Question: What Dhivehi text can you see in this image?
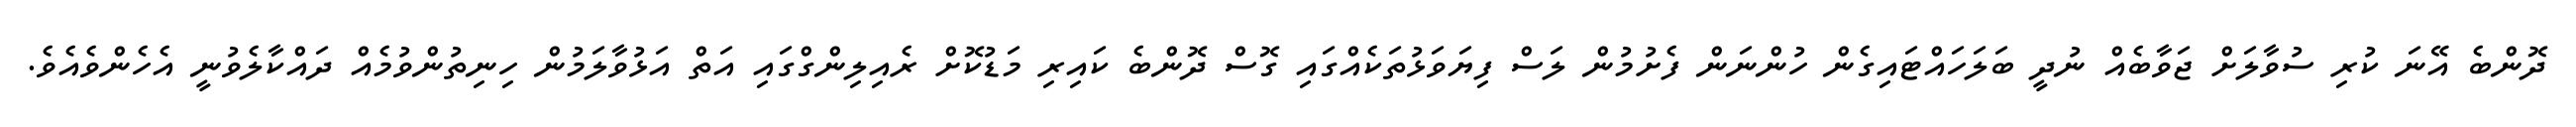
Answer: ދޮންބެ އޭނަ ކުރި ސުވާލަށް ޖަވާބެއް ނުދީ ބަލަހައްޓައިގެން ހުންނަން ފެށުމުން ލަސް ފިޔަވަޅުތަކެއްގައި ގޮސް ދޮންބެ ކައިރި މަޑުކޮށް ރެއިލިންގްގައި އަތް އަޅުވާލަމުން ހިނިތުންވުމެއް ދައްކާލެވުނީ އެހެންވެއެވެ.